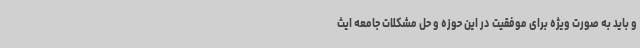
و باید به صورت ویژه برای موفقیت در این حوزه و حل مشکلات جامعه ایث